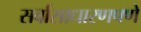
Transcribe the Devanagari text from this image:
सर्वासाधारणपणे